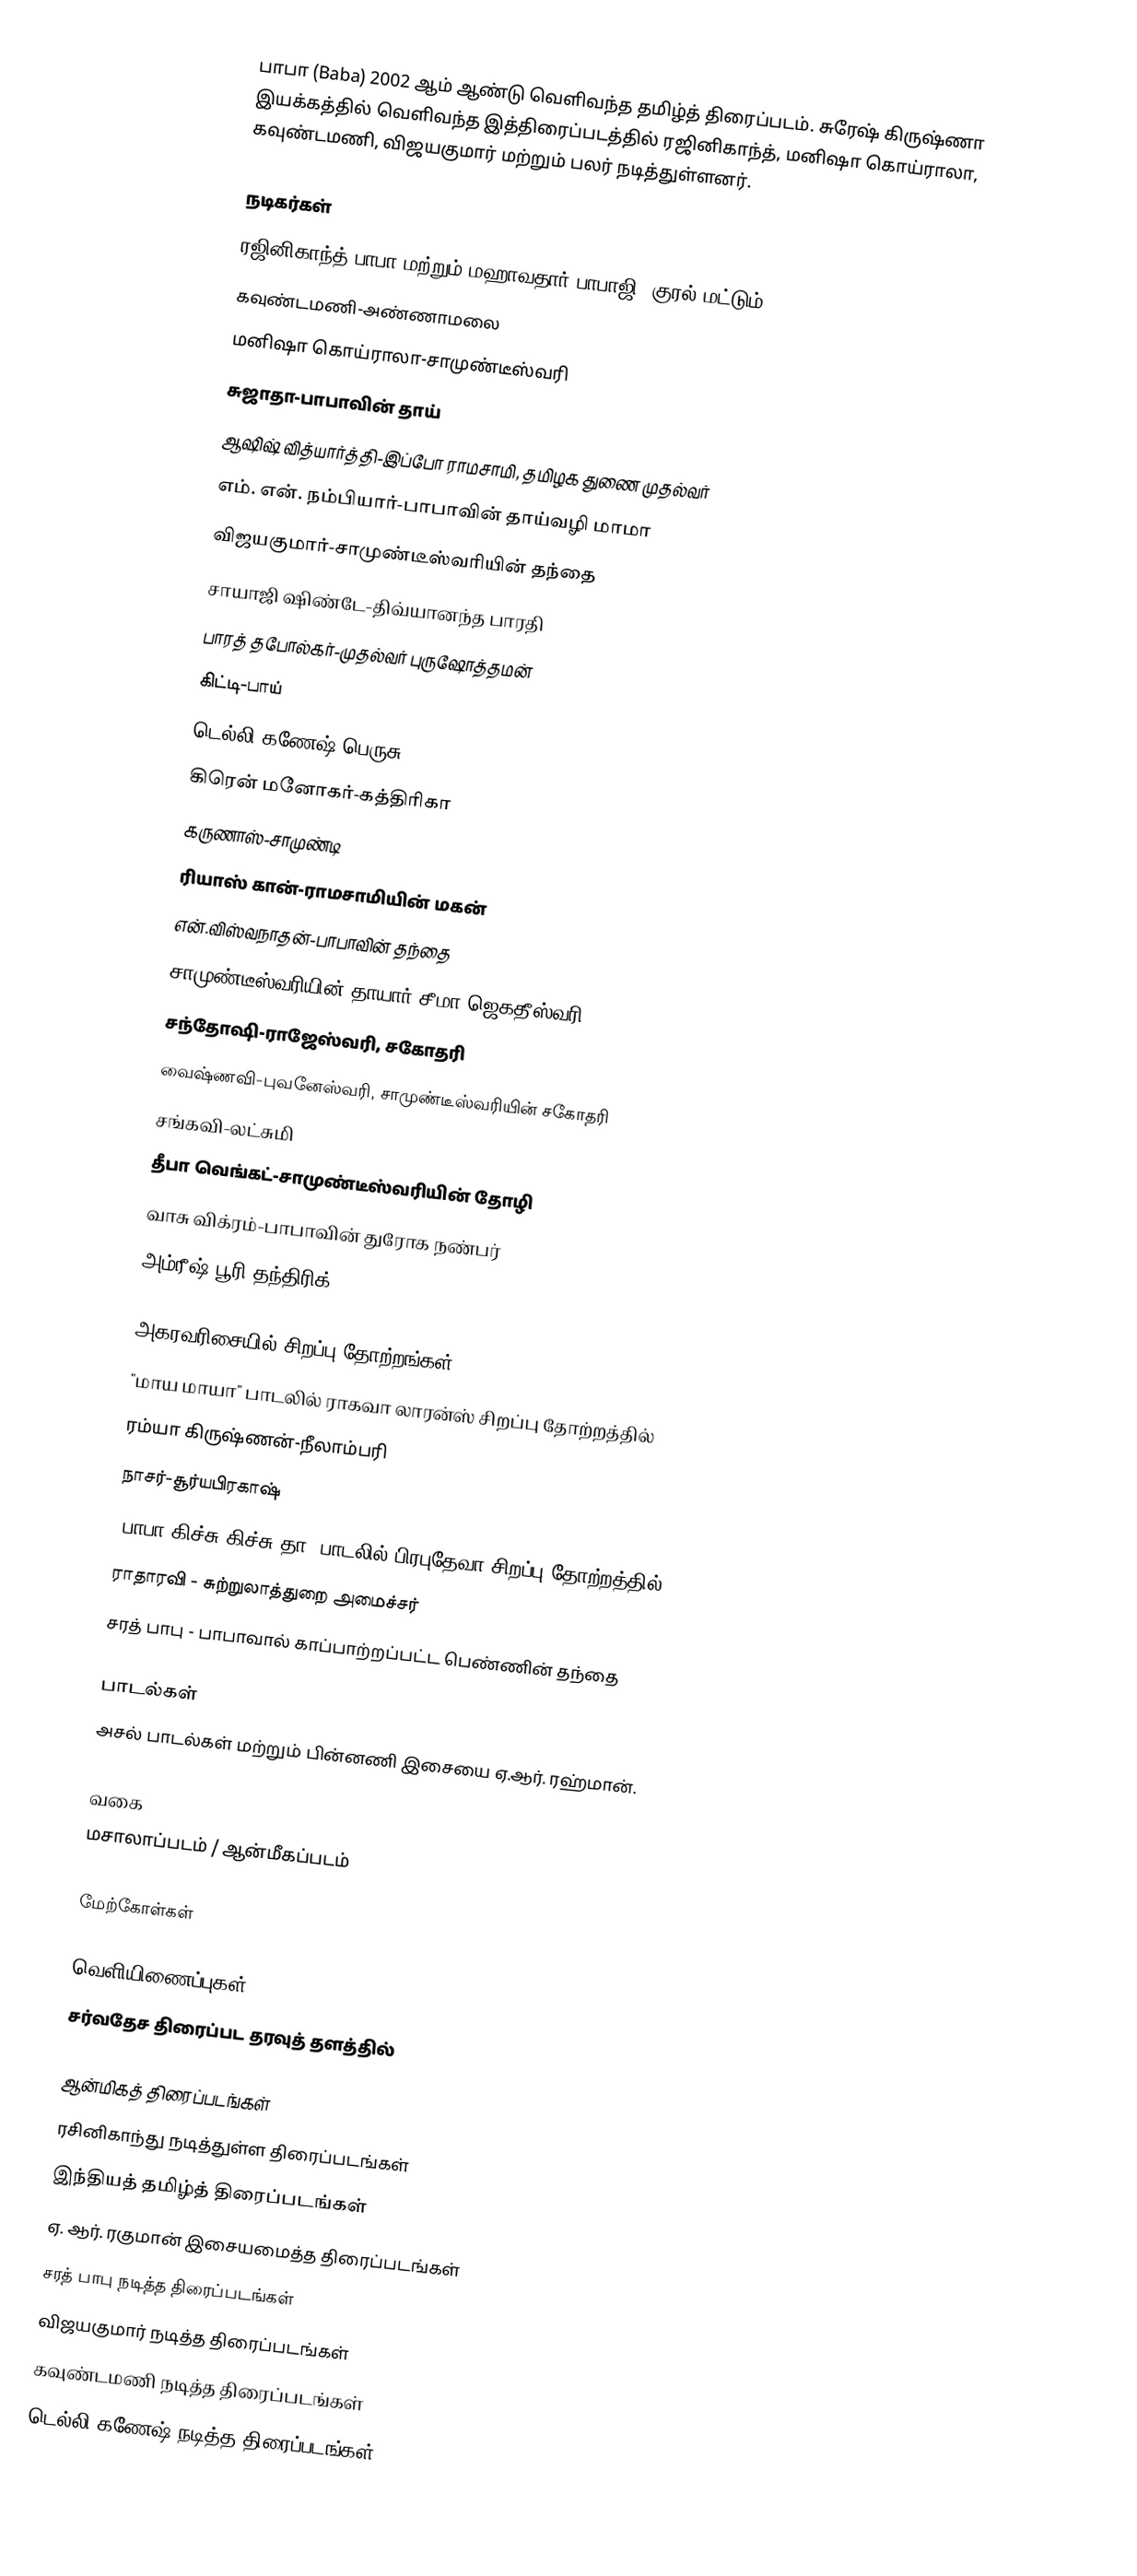
பாபா (Baba) 2002 ஆம் ஆண்டு வெளிவந்த தமிழ்த் திரைப்படம். சுரேஷ் கிருஷ்ணா இயக்கத்தில் வெளிவந்த இத்திரைப்படத்தில் ரஜினிகாந்த், மனிஷா கொய்ராலா, கவுண்டமணி, விஜயகுமார் மற்றும் பலர் நடித்துள்ளனர்.

நடிகர்கள்
ரஜினிகாந்த்-பாபா மற்றும் மஹாவதார் பாபாஜி (குரல் மட்டும்)
கவுண்டமணி-அண்ணாமலை
மனிஷா கொய்ராலா-சாமுண்டீஸ்வரி
சுஜாதா-பாபாவின் தாய்
ஆஷிஷ் வித்யார்த்தி-இப்போ ராமசாமி, தமிழக துணை முதல்வர்
எம். என். நம்பியார்-பாபாவின் தாய்வழி மாமா
விஜயகுமார்-சாமுண்டீஸ்வரியின் தந்தை
சாயாஜி ஷிண்டே-திவ்யானந்த பாரதி
பாரத் தபோல்கர்-முதல்வர் புருஷோத்தமன்
கிட்டி-பாய்
டெல்லி கணேஷ்-பெருசு
கிரென் மனோகர்-கத்திரிகா
கருணாஸ்-சாமுண்டி
ரியாஸ் கான்-ராமசாமியின் மகன்
என்.விஸ்வநாதன்-பாபாவின் தந்தை
சாமுண்டீஸ்வரியின் தாயார் சீமா-ஜெகதீஸ்வரி
சந்தோஷி-ராஜேஸ்வரி, சகோதரி
வைஷ்ணவி-புவனேஸ்வரி, சாமுண்டீஸ்வரியின் சகோதரி
சங்கவி-லட்சுமி
தீபா வெங்கட்-சாமுண்டீஸ்வரியின் தோழி
வாசு விக்ரம்-பாபாவின் துரோக நண்பர்
அம்ரீஷ் பூரி-தந்திரிக்

அகரவரிசையில் சிறப்பு தோற்றங்கள்
"மாய மாயா" பாடலில் ராகவா லாரன்ஸ் சிறப்பு தோற்றத்தில்
ரம்யா கிருஷ்ணன்-நீலாம்பரி
நாசர்-சூர்யபிரகாஷ்
"பாபா கிச்சு கிச்சு தா" பாடலில் பிரபுதேவா சிறப்பு தோற்றத்தில்*
ராதாரவி - சுற்றுலாத்துறை அமைச்சர்
சரத் பாபு - பாபாவால் காப்பாற்றப்பட்ட பெண்ணின் தந்தை

பாடல்கள்
அசல் பாடல்கள் மற்றும் பின்னணி இசையை ஏ.ஆர். ரஹ்மான்.

வகை
மசாலாப்படம் / ஆன்மீகப்படம்

மேற்கோள்கள்

வெளியிணைப்புகள்
சர்வதேச திரைப்பட தரவுத் தளத்தில்

ஆன்மிகத் திரைப்படங்கள்
ரசினிகாந்து நடித்துள்ள திரைப்படங்கள்
இந்தியத் தமிழ்த் திரைப்படங்கள்
ஏ. ஆர். ரகுமான் இசையமைத்த திரைப்படங்கள்
சரத் பாபு நடித்த திரைப்படங்கள்
விஜயகுமார் நடித்த திரைப்படங்கள்
கவுண்டமணி நடித்த திரைப்படங்கள்
டெல்லி கணேஷ் நடித்த திரைப்படங்கள்